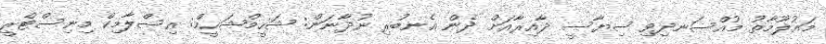
މައުލޫމާތު މުއްސަނދިވި ސިޔާސީ ދާއިރާއަށް ދެން އެނބުރި ނުދާނަން: ޝަހީމްޝަހީމް: އިސްލާމިކް މިނިސްޓްރީ